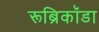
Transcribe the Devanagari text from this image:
रूब्रिकॉडा